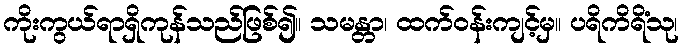
ကိုးကွယ်ရာရှိကုန်သည်ဖြစ်၍။ သမန္တာ၊ ထက်ဝန်းကျင့်မှ။ ပရိကိရိံသု၊